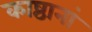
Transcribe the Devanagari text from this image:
काष्ठानां